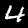
Digit: 4